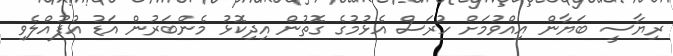
ރިޔާސީ ބަޔާން އިއްވުމަށް ހުރަސް އެޅުމުގެ ގޮތުން އިދިކޮޅު މެންބަރުން އަޑު އުފުއްލެވި